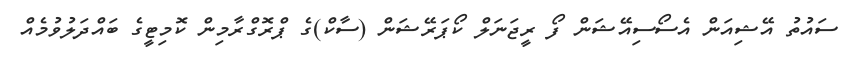
ސައުތު އޭޝިއަން އެސޯސިއޭޝަން ފޯ ރީޖަނަލް ކޯޕަރޭޝަން (ސާކް)ގެ ޕްރޮގްރާމިން ކޮމިޓީގެ ބައްދަލުވުމެއް